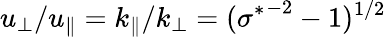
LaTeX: u_{\perp}/u_{\parallel}=k_{\parallel}/k_{\perp}=({\sigma^{*}}^{-2}-1)^{1/2}